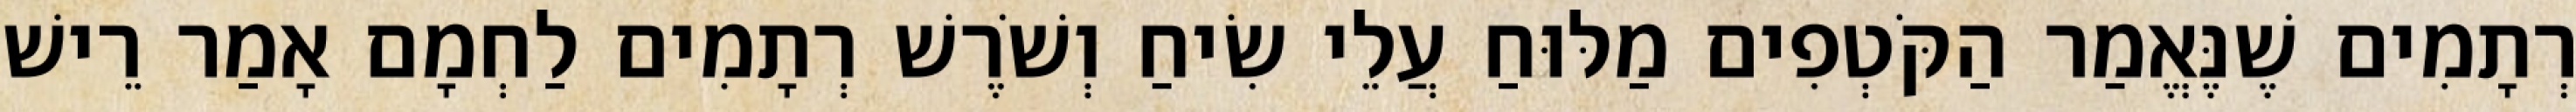
רְתָמִים שֶׁנֶּאֱמַר הַקֹּטְפִים מַלּוּחַ עֲלֵי שִׂיחַ וְשֹׁרֶשׁ רְתָמִים לַחְמָם אָמַר רֵישׁ